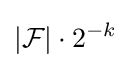
|{\mathcal {F}}|\cdot 2^{-k}